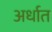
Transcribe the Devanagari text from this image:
अर्धात